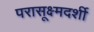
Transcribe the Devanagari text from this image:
परासूक्ष्मदर्शी